Annual report on the working of the lock hospitals in the North-Western Provinces and Oudh
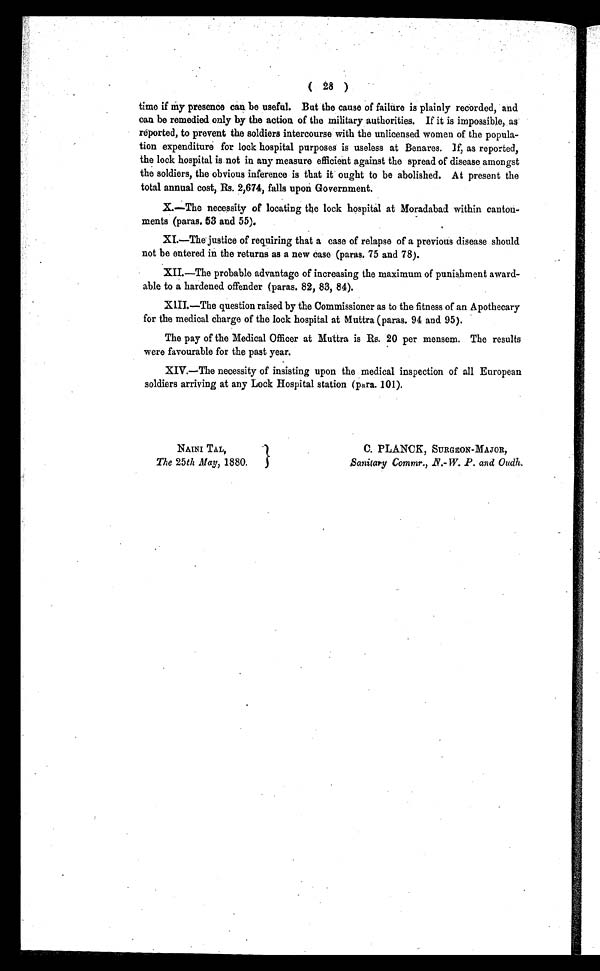
NAINI TAL,
The 25th May, 1880.
C. PLANCK, SURGEON-MAJOR,
Sanitary Commr., N.-W. P . and Oudh.
( 28 )
time if my presence can be useful. But the cause of failure is plainly recorded, and
can be remedied only by the action of the military authorities. If it is impossible, as
reported, to prevent the soldiers intercourse with the unlicensed women of the popula-
tion expenditure for lock hospital purposes is useless at Benares. If, as reported,
the lock hospital is not in any measure efficient against the spread of disease amongst
the soldiers, the obvious inference is that it ought to be abolished. At present the
total annual cost, Rs. 2,674, falls upon Government.
X.—The necessity of locating the lock hospital at Moradabad within canton-
ments (paras. 53 and 55).
XI.—The justice of requiring that a case of relapse of a previous disease should
not be entered in the returns as a new case (paras. 75 and 78).
XII.—The probable advantage of increasing the maximum of punishment award-
able to a hardened offender (paras. 82, 83, 84).
XIII.—The question raised by the Commissioner as to the fitness of an Apothecary
for the medical charge of the lock hospital at Muttra (paras. 94 and 95).
The pay of the Medical Officer at Muttra is Rs. 20 per mensem. The results
were favourable for the past year.
XIV.—The necessity of insisting upon the medical inspection of all European
soldiers arriving at any Lock Hospital station (para. 101).